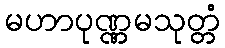
မဟာပုဏ္ဏမသုတ္တံ